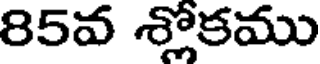
85వ శ్లోకము